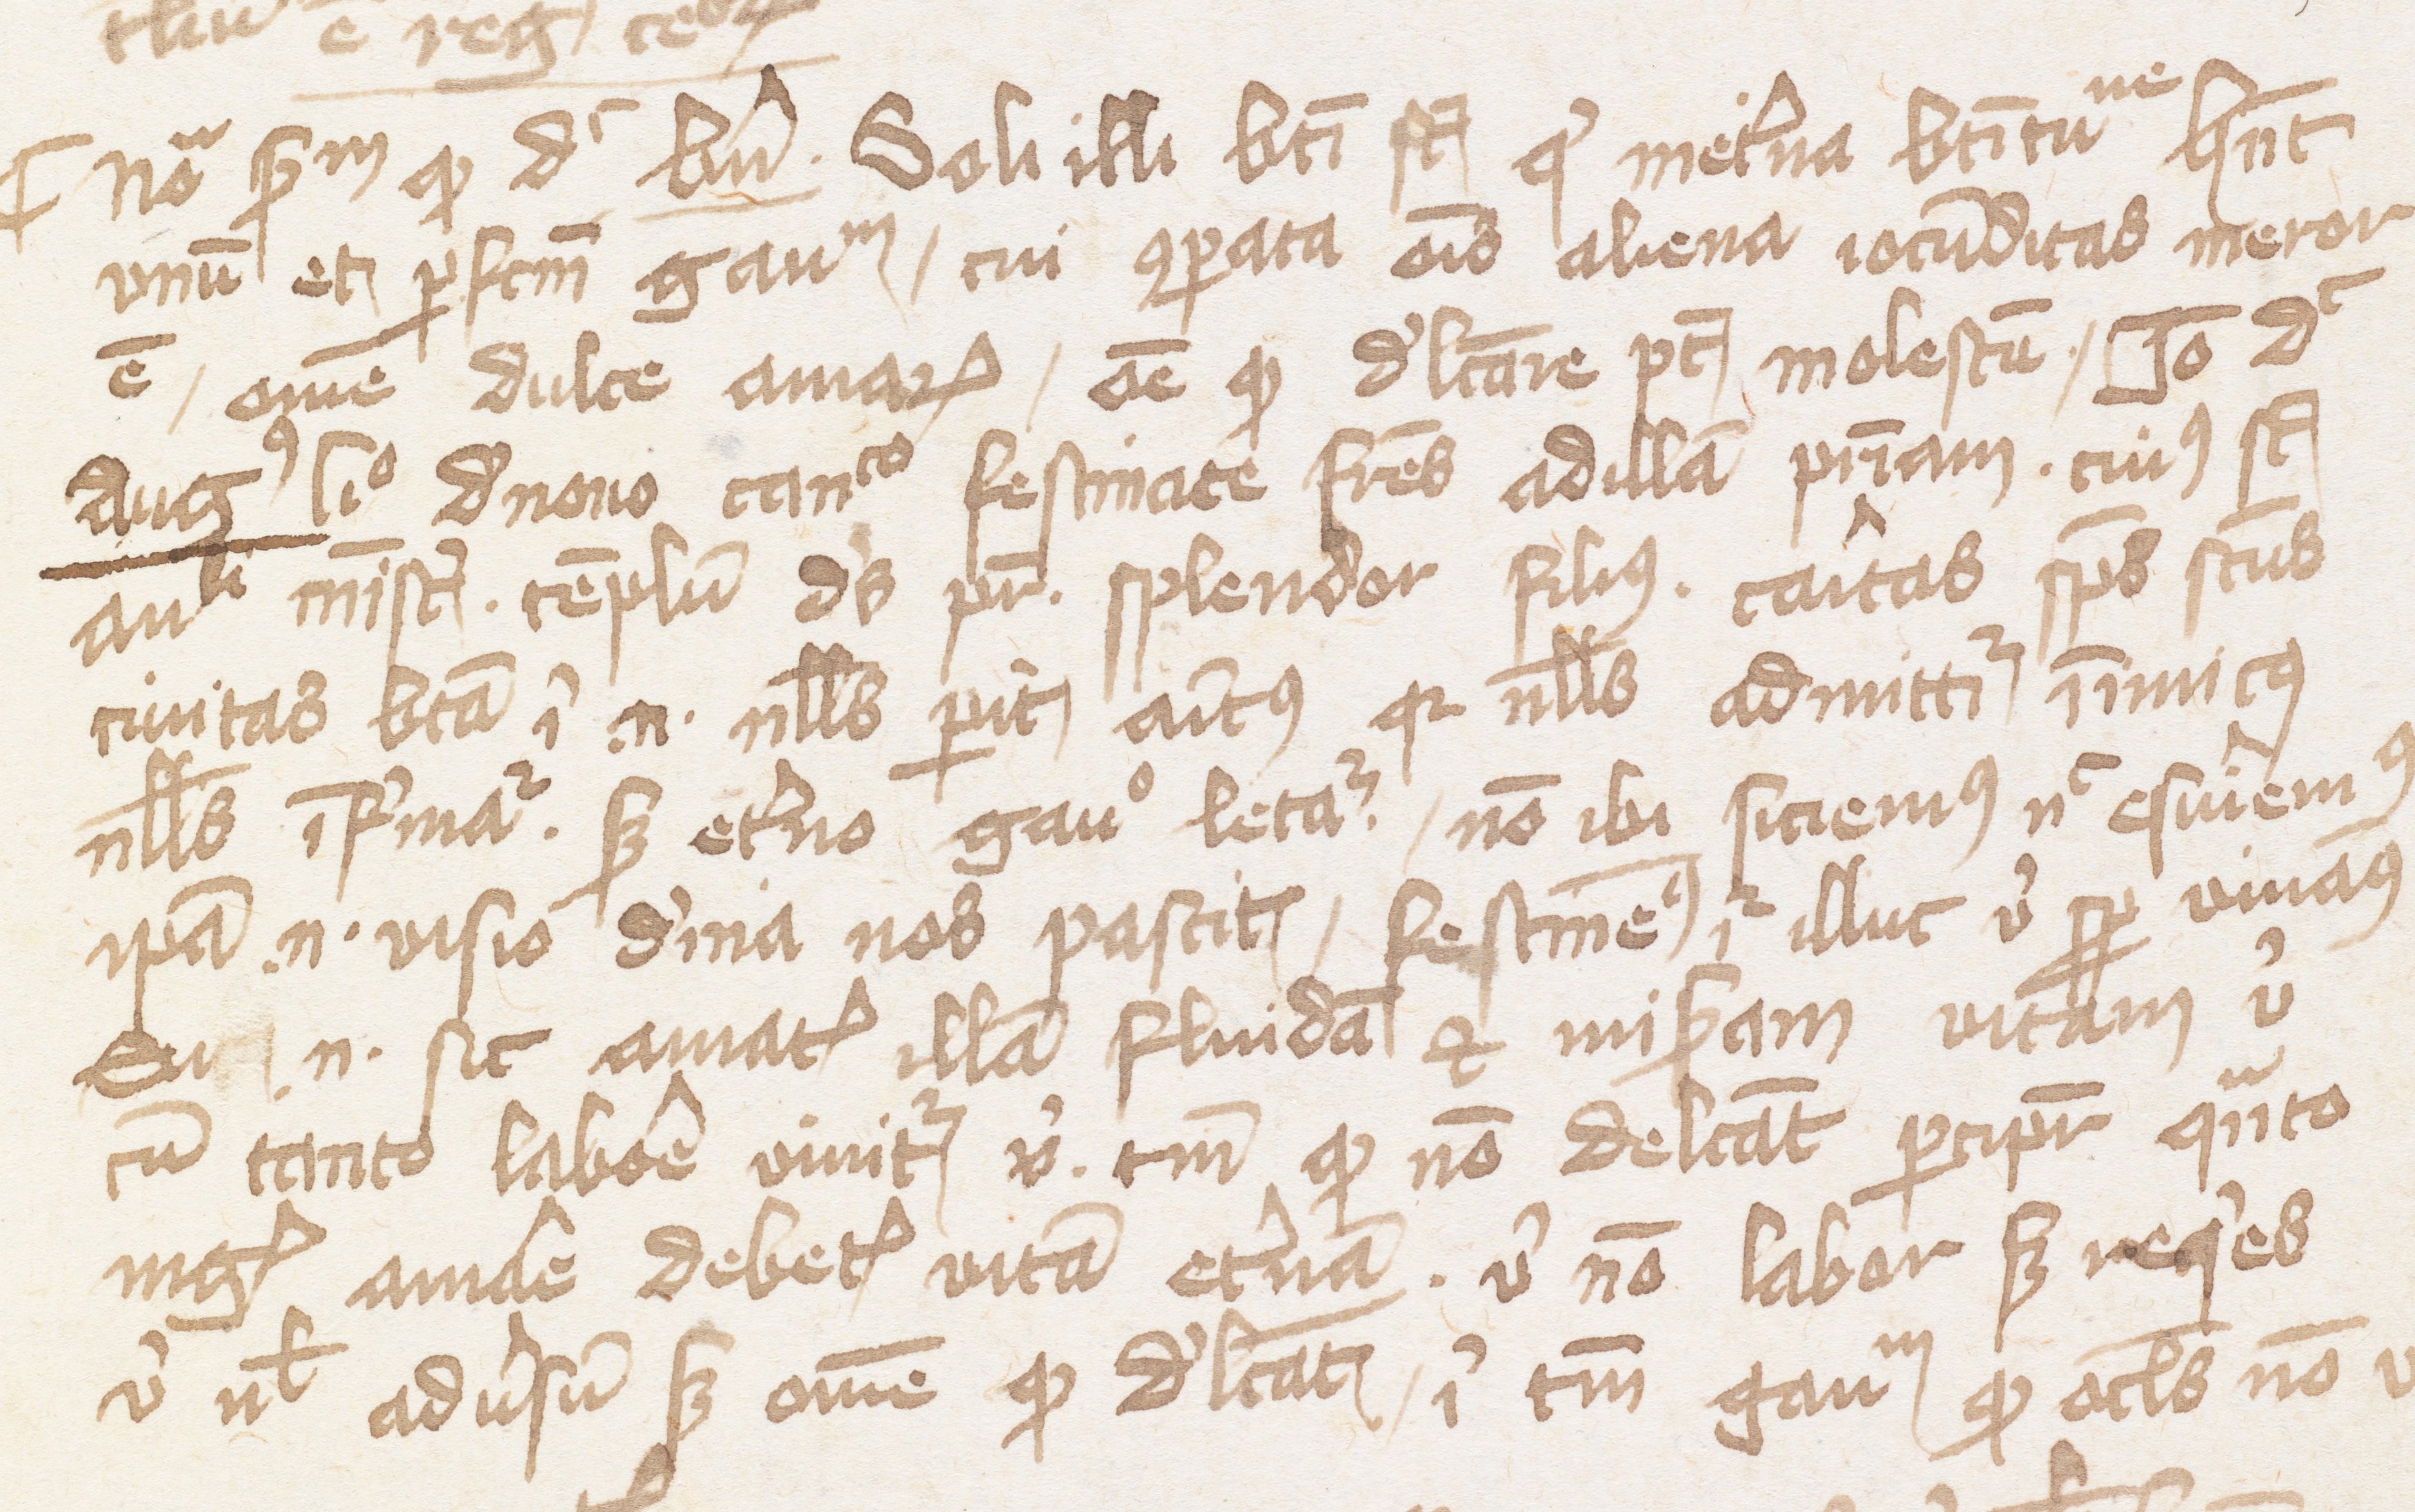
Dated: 1400–1415